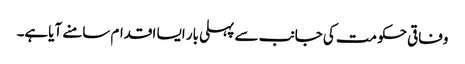
وفاقی حکومت کی جانب سے پہلی بار ایسا اقدام سامنے آیاہے۔